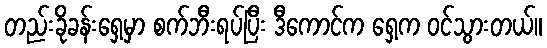
တည်းခိုခန်းရှေ့မှာ စက်ဘီးရပ်ပြီး ဒီကောင်က ရှေ့က ဝင်သွားတယ်။